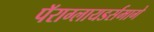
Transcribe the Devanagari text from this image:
पॅराग्लायडर्समागे